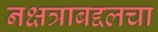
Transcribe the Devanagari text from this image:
नक्षत्राबद्दलचा